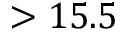
> 1 5 . 5